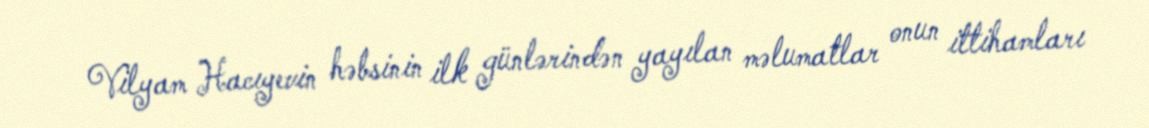
Vilyam Hacıyevin həbsinin ilk günlərindən yayılan məlumatlar onun ittihamları